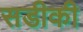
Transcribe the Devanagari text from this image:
सडीकी